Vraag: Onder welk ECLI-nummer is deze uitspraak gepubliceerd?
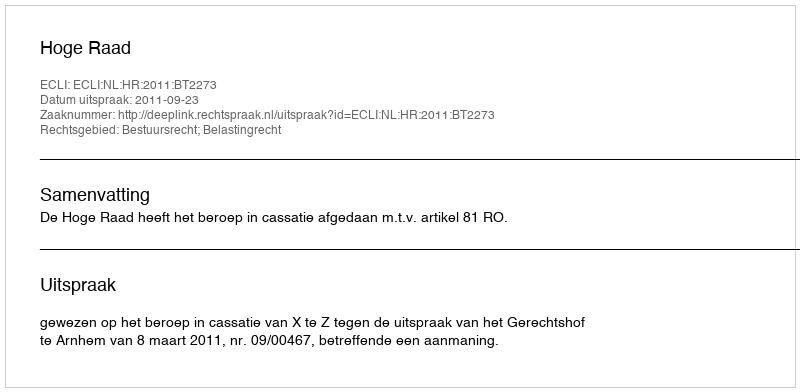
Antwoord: ECLI:NL:HR:2011:BT2273